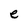
Character: e